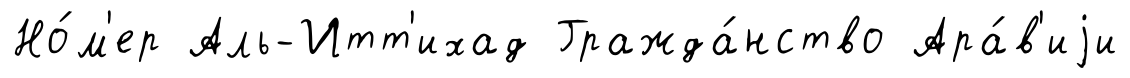
Но́м'ер Аль-Итт'ихад Гражда́нство Ара́в'иjи